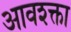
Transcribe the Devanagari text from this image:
आवश्क्ता